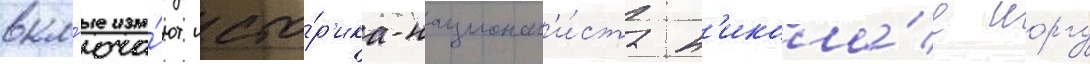
вкл'юча́ют исто́р'ика-национал'и́ста н'икола́е иоргу